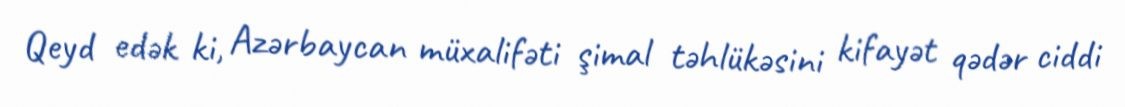
Qeyd edək ki, Azərbaycan müxalifəti şimal təhlükəsini kifayət qədər ciddi